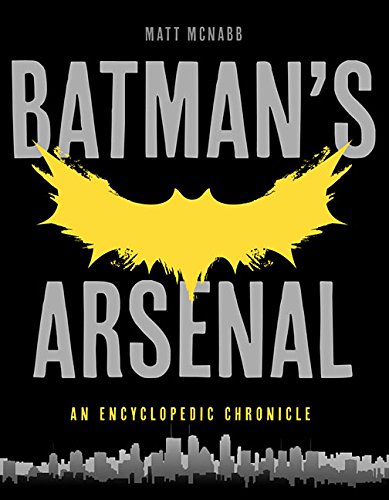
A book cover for Batman's Arsenal: An Encyclopedic Chronicle; Matt MacNabb; Humor & Entertainment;